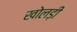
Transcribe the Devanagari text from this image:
खोलड़ी